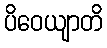
ပိဝေယျာတိ